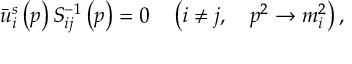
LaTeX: \bar { u } _ { i } ^ { s } \left( p \right) S _ { i j } ^ { - 1 } \left( p \right) = 0 \quad \left( i \neq j , \quad p ^ { 2 } \rightarrow m _ { i } ^ { 2 } \right) ,